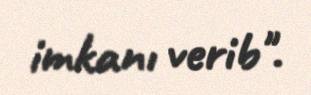
imkanı verib".